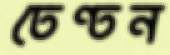
ঢেণ্ঢন